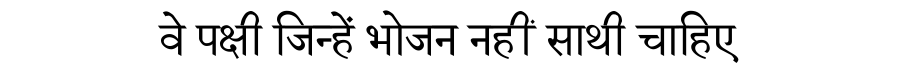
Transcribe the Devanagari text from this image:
वे पक्षी जिन्हें भोजन नहीं साथी चाहिए